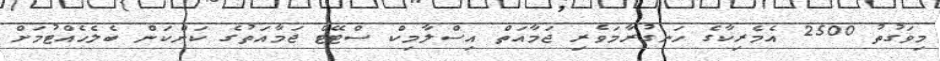
މިވަގުތު 2500 އެމެރިކާގެ ހަނގުރާމަވެރި ޖަމާއަތް އިސްލާމިކް ސްޓޭޓް ޖަމާއަތުގެ ކަންކަން ބެލެހެއްޓުމަށް